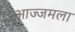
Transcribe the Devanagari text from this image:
आज्जमला